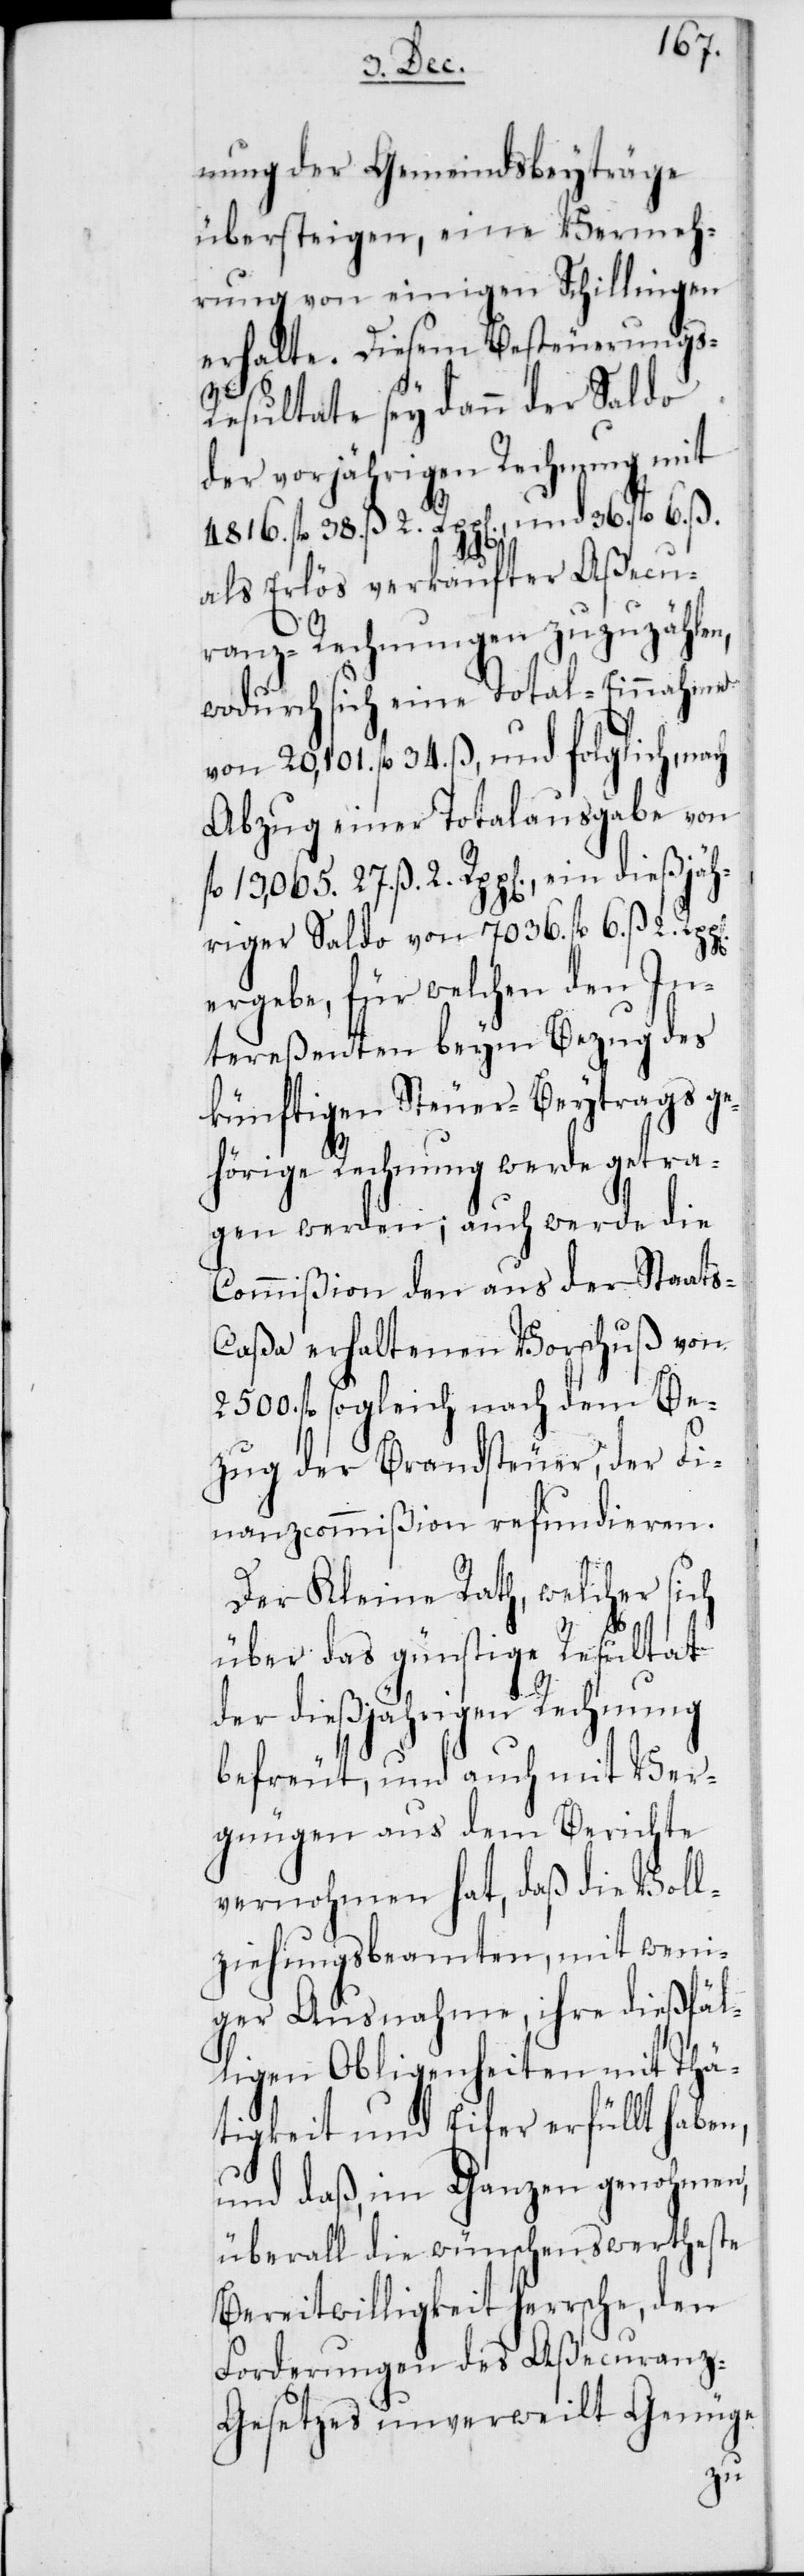
nung der Gemeindbeyträge
übersteigen, eine Vermeh¬
rung von einigen Schillingen
erhalte. Diesem Besteurungs-R¬
esultate sey dann der Saldo
der vorjährigen Rechnung mit
4816. fl. 38. ß 2. Rpp[en], und 36. fl. 6. ß.
als Erlös verkaufter Aßecu¬
ranz-Rechnungen zuzuzählen,
wodurch sich eine Total-Einnahme
von 20,101. fl. 34. ß, und folglich, nach
Abzug einer Totalausgabe von
13,065. 27. ß. 2. Rpp[en], ein dießjäh¬
riger Saldo von 7036. fl. 6. ß 2.
ergebe, für welchen den In¬
tereßenten beym Bezug des
künftigen Steuer-Beytrags ge¬
hörige Rechnung werde getra¬
gen werden; auch werde die
Commißion den aus der Staat¬
s-Caßa erhaltenen Vorschuß von
2500. fl. sogleich nach dem Be¬
zug der Brandsteuer, der Fi¬
nanzcommißion refundieren.
Der Kleine Rath, welcher sich
über das günstige Resultat
der dießjährigen Rechnung
befreut, und auch mit Ver¬
gnügen aus dem Berichte
vernohmen hat, daß die Voll¬
ziehungsbeamten, mit weni¬
ger Ausnahme, ihre dießfäl¬
ligen Obligenheiten mit Thä¬
tigkeit und Eifer erfüllt haben,
und daß, im Ganzen genohmen,
überall die wünschenwertheste
Bereitwilligkeit herrsche, den
Forderungen des Aßecuranz-G¬
esetzes unverweilt Genüge